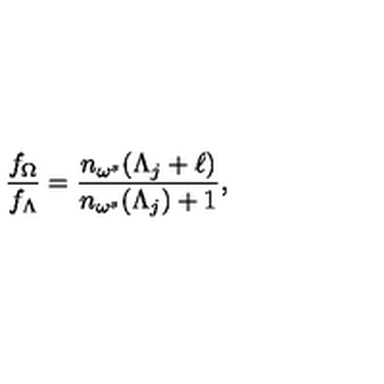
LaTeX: \frac { f _ { \Omega } } { f _ { \Lambda } } = \frac { n _ { \omega ^ { s } } ( \Lambda _ { j } + \ell ) } { n _ { \omega ^ { s } } ( \Lambda _ { j } ) + 1 } ,